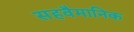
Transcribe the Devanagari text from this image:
सहवैमानिक